Senior Leaving Certificate Examination (including Day School Certificate (Higher) General paper), 1946
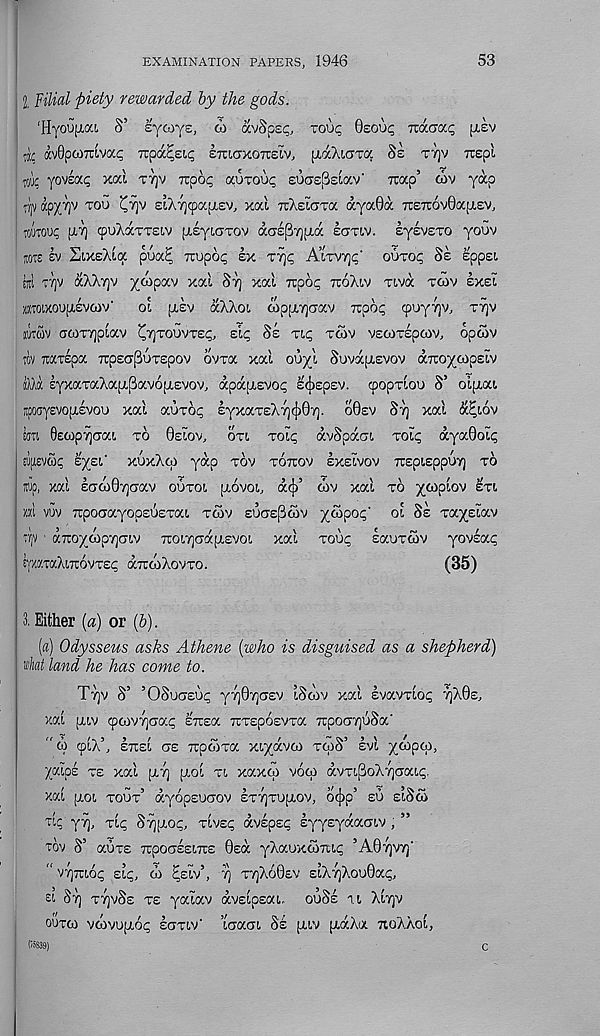
EXAMINATION PAPERS, 1946
53
12, Filial piety rewarded by the gods.
‘Hyoofroa S’ lycoye, (i» avSpsi;, tooc Oeoui; tzo-gocc, [xev
I ^ avOpcoTcivap irpa^Ei.^ etcioxotteiv, [xaXi&ra Se tt]v Tcspt.
die. yovEoci; xal tt]v irpoi; aorooc £U(7£(3eiav' nap’ cov yap
fjjv apy/jv too ^7]v EiXTjcpapiEv, xat uXsicrTa aya0a n£7r6v0a[XEV,
TOWOUp [XT] (puXaTTElV [XEyidTOV aas^pia EOTtV. EyEVETO youv
jots sv SixsXia pua^ 7iup6<; ex T7]<; A’crvyc' o0to<; Se Eppsi
Eli! T7]V aXXvjv yoipav xal S'/] xal irpop tcoXlv tlvoc tcov exei
ZCTOlXOUfXEVCOV'
01 [XEV aXXoi oipfXTjCTaV Ttpop CpUyTJV, T7]V
jutwv acoT7]piav ^rjTouvxsp, sic Se tl^ twv vscoTspcov, opwv
iov TtaTspa TTpsapuTEpov ovxa xal ouyl SuvafXEvov diro^copELV
jUd eyxaxaXafxpavofxsvov, dpd[XEvo<; s^epev. qsopxloo S’ oi[xai
apodyevopiEvoo xal auxot; Eyxax£X7](j)07]. o0sv St] xal dEiov
EffTi 0£OipTjXa!, xo Oslov, oxi. toI^ dvSpdcn, xoip dya0olp
£U[I£VWC EyEl’ XUxXcp yap XOV XOTCOV EXsIvOV TtSpiEppOT) xo
itiip, xal Eoo)07]crav ooxoi itovoi, d(j)’ cov xal xo ycoplov exl
zk! vuv TipociayopEOExaL xcov euctePwv ^copop" ol Se xa^slav
TTp arcoy(Ap7]cn,v noirjGa^evoi xal Toup lauxtov yovsap
ymaXiTTOVxsp aTroiXovxo.
(35)
3. Either (a) or (b).
(a) Odysseus asks Athene {who is disguised as a shepherd)
what land he has come to.
Tyv S’ ’OSugeuc y7]07]GEV IScov xal svaynoc; 7]X0e,
xal [xiv cpa)V7]Gap Eirsa TixEposvxa 7upoa7]uSa'
" &> 91X’, etteI cte Tipoixa xiydvo) xcoS’ Ivl x<opcp,
/aloe te xal [XT] [xol xi xaxco voco dvxt.[3oX7]aat,<;,
xal [xoi, xoux’ dyopsuGOV Exvjxufxov, o^p’ so slSai
tic yd], xl<; Srjjxop, xIve<; dvlpsp lyysydacnv , ”
TOV S’ aUTE TTpOCTEElTO 0Ea yXaUXOOTCip ’A07]V7j
“ v-/]tu6<; Eli;, oj Eeiv’, y) xtjXoOev EiXfjXoo0a;,
£1 Sd] xyjvSe xe yaiav avslpsai. ouSe 1.1 Xlrjv
ouxco vcovufxo; egxiv' ’laaai Se jxiv [xdXa TioXXol,
c